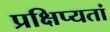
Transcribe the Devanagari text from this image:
प्रक्षिप्यतां